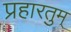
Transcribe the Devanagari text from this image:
प्रहारतुम्